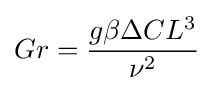
Gr={\frac {g\beta \Delta CL^{3}}{\nu ^{2}}}